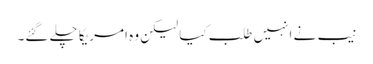
نیب نے انہیں طلب کیا لیکن وہ امریکا چلے گئے۔